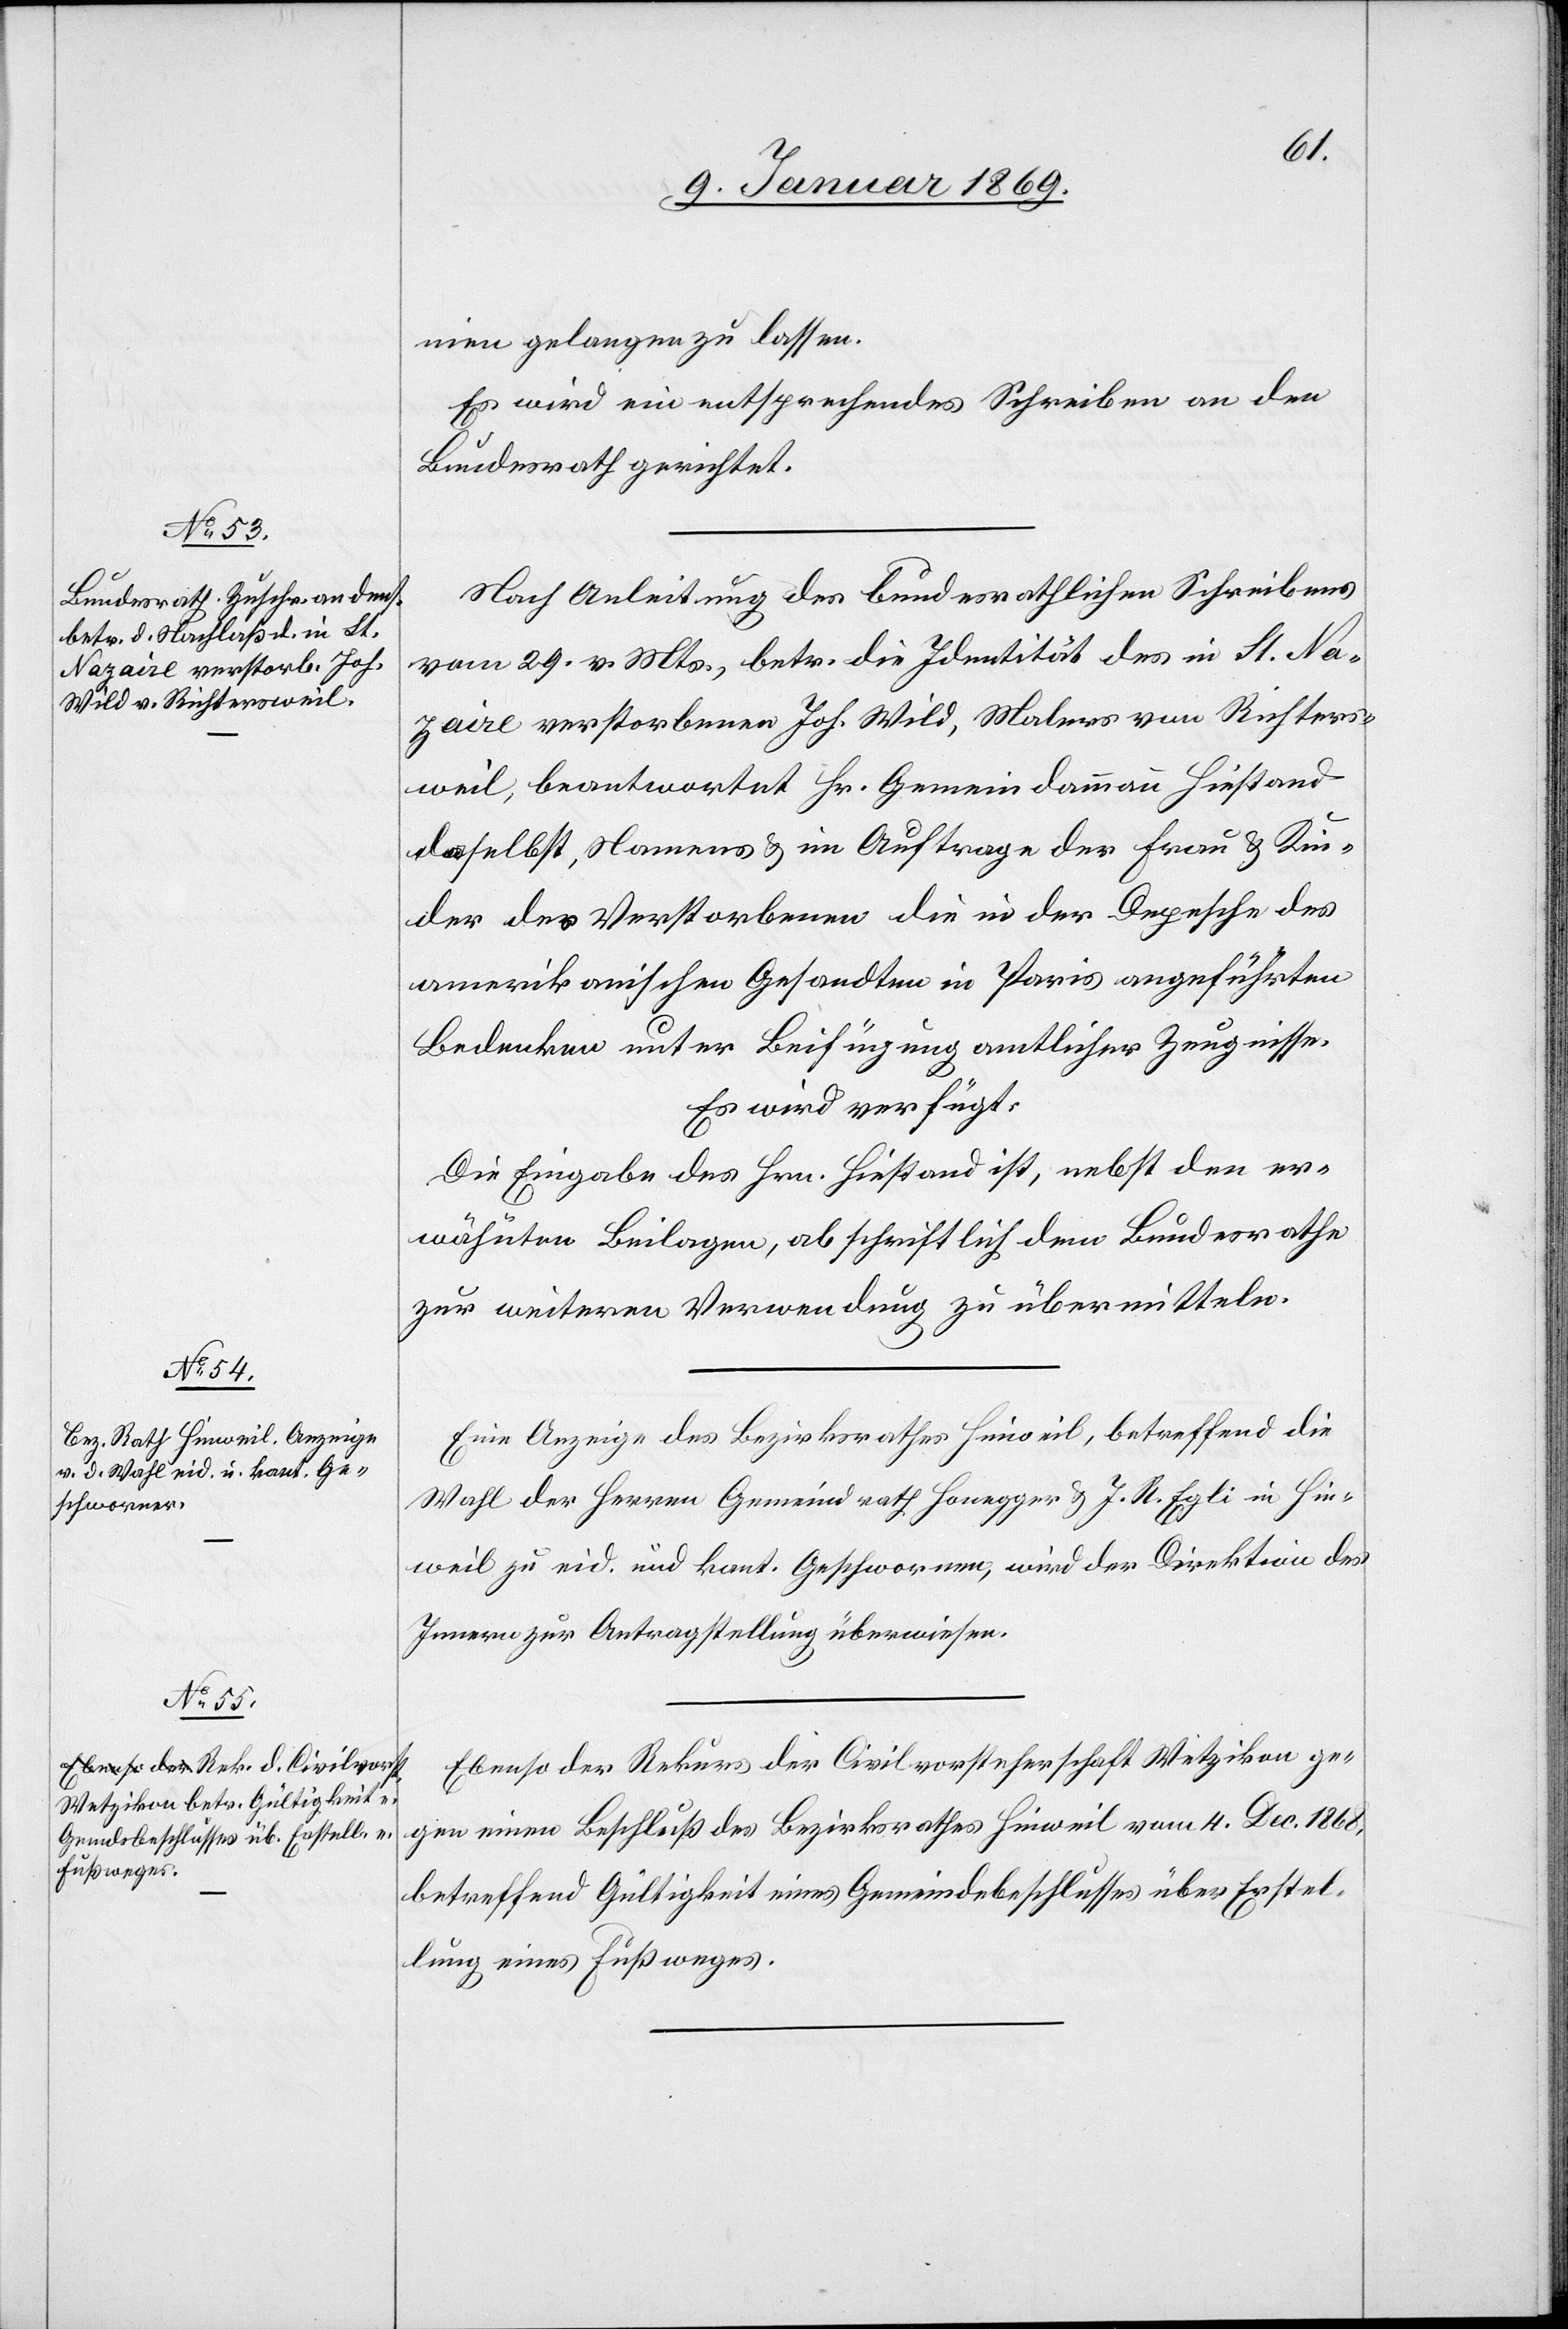
13. Januar 1869.]
nien gelangen zu lassen.
Es wird ein entsprechendes Schreiben an den
Bundesrath gerichtet.
Nach Anleitung des bundesrathlichen [sic!] Schreibens
vom 24 v. Mts., betr. die Identität des in St. Na¬
zaire verstorbenen Joh. Wild, Malers von Richters¬
weil, beantwortet Hr. Gemeindammann Hiestand
daselbst, Namens u. im Auftrage der Frau u. Kin¬
der des Verstorbenen die in der Depesche des
amerikanischen Gesandten in Paris angeführten
Bedenken unter Beifügung amtlicher Zeugnisse.
Es wird verfügt:
Die Eingabe des Hrn. Hiestand ist, nebst den er¬
wähnten Beilagen, abschriftlich dem Bundesrathe
zur weitern Verwendung zu übermitteln.
Eine Anzeige des Bezirksrathes Hinweil, betreffend die
Wahl der Herren Gemeindrath Honegger u. J. R. Egli in Hin¬
weil zu eid. und kant. Geschworenen, wird der Direktion des
Innern zur Antragstellung überwiesen.
Ebenso der Rekurs der Civilvorsteherschaft Wetzikon ge¬
gen einen Beschluß des Bezirksrathes Hinweil vom 4 Dec. 1868,
betreffend Gültigkeit eines Gemeindebeschlusses über Erstel¬
lung eines Fußweges.